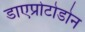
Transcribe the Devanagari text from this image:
डाएप्रोटोडोन